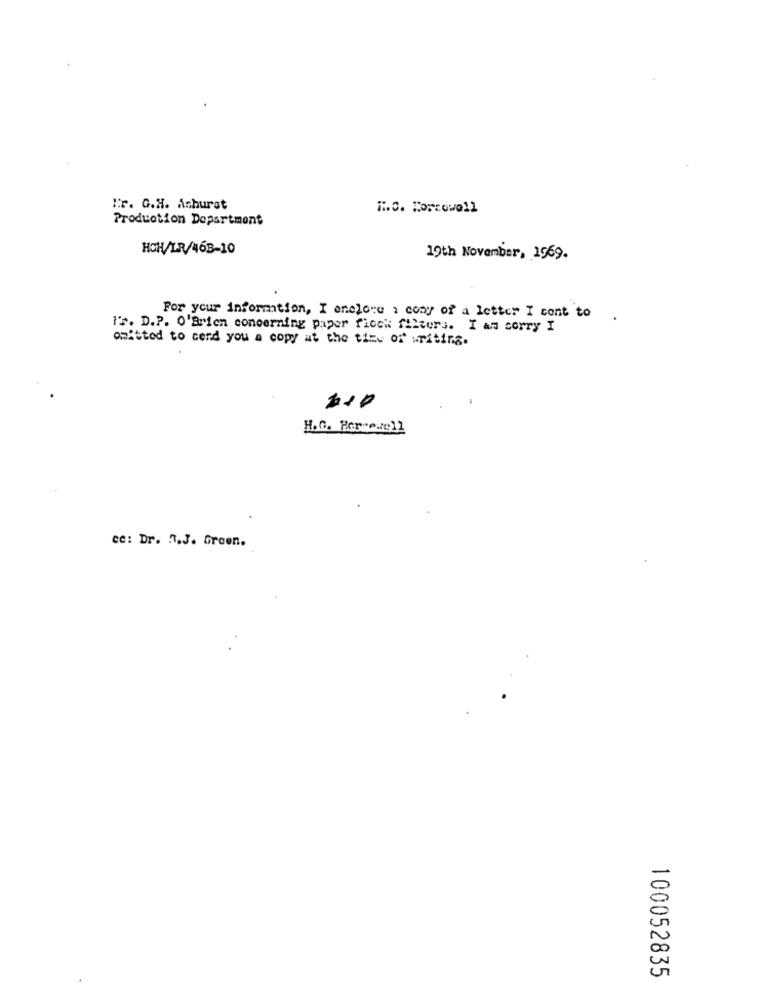
Hr. G.H. Ashurst
".C. Korcowell
Production Department
HOH/LR/468-10
19th November, 1969.
For your information, I enclose 1 cony of a letter I cont to
12. D.P. O'Brien concerning paper ficck filters. I am sorry I
omitted to send you a copy at the time of writing.
H.C. Per-ewell
cc: Dr. 3.J. Green.
100052835